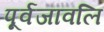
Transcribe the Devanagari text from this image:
पूर्वजावलि